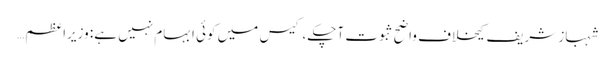
شہباز شریف کیخلاف واضح ثبوت آ چکے، کیس میں کوئی ابہام نہیں ہے: وزیراعظم…